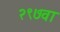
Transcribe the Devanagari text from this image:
२९७वा